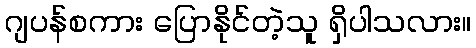
ဂျပန်စကား ပြောနိုင်တဲ့သူ ရှိပါသလား။